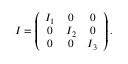
\begin{array} { r } { I = \left( \begin{array} { c c c } { I _ { 1 } } & { 0 } & { 0 } \\ { 0 } & { I _ { 2 } } & { 0 } \\ { 0 } & { 0 } & { I _ { 3 } } \end{array} \right) . } \end{array}